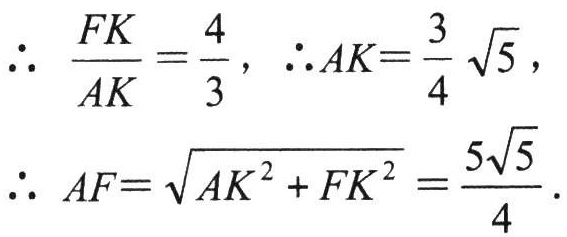
\[\begin{align*}
&\therefore\ \frac{FK}{AK}=\frac{4}{3},\ \therefore AK = \frac{3}{4}\sqrt{5},\\
&\therefore\ AF=\sqrt{AK^{2}+FK^{2}}=\frac{5\sqrt{5}}{4}.
\end{align*}\]